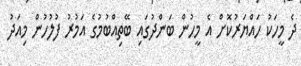
ދެ މީހަކު ހައްޔަރުކޮށް އެ މީހުން ބަންދުގައި ބޭތިއްބުމުގެ އަމުރު ފުލުހުން މިއަދު